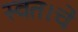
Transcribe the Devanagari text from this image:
स्वत।चे